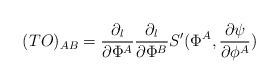
LaTeX: \begin{align*}(T{\sl O})_{AB} = {\partial_l \over \partial \Phi^A}{\partial_l \over \partial \Phi^B} S^{\prime} (\Phi^A, {\partial \psi\over \partial \phi^A} )\end{align*}